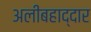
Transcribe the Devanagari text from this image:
अलीबहाद्दार